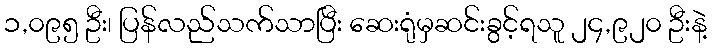
၁,၀၉၅ ဦး၊ ပြန်လည်သက်သာပြီး ဆေးရုံမှဆင်းခွင့်ရသူ ၂၄,၉၂၀ ဦးနဲ့